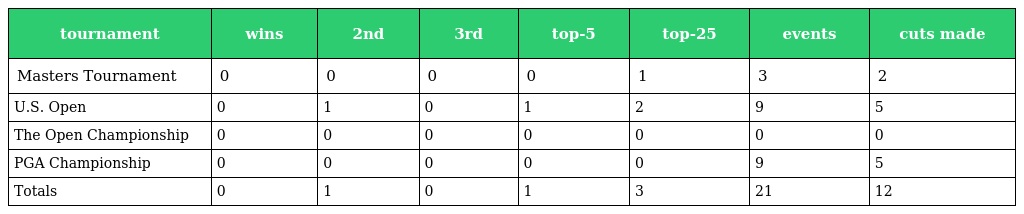
| tournament | wins | 2nd | 3rd | top-5 | top-25 | events | cuts made |
 | --- | --- | --- | --- | --- | --- | --- | --- |
 | Masters Tournament | 0 | 0 | 0 | 0 | 1 | 3 | 2 |
 | U.S. Open | 0 | 1 | 0 | 1 | 2 | 9 | 5 |
 | The Open Championship | 0 | 0 | 0 | 0 | 0 | 0 | 0 |
 | PGA Championship | 0 | 0 | 0 | 0 | 0 | 9 | 5 |
 | Totals | 0 | 1 | 0 | 1 | 3 | 21 | 12 |